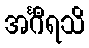
အင်္ဂီရသိ